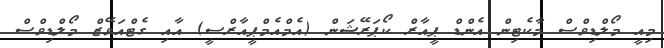
މިއީ މޯލްޑިވްސް މާކެޓިން އެންޑް ޕީއާރް ކޯޕަރޭޝަން (އެމްއެމްޕީއާރްސީ) އާއި ގެޓްއަވޭޒް މޯލްޑިވްސް